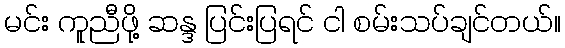
မင်း ကူညီဖို့ ဆန္ဒ ပြင်းပြရင် ငါ စမ်းသပ်ချင်တယ်။